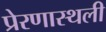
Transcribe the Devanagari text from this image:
प्रेरणास्थली